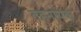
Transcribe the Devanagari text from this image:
तहनायक